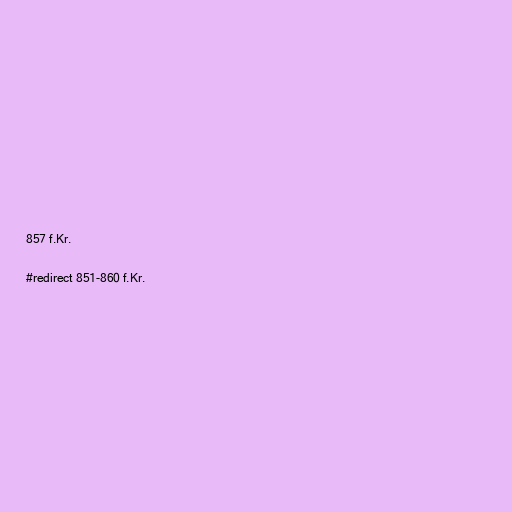
857 f.Kr.

#redirect 851-860 f.Kr.